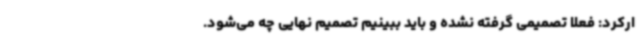
ارکرد: فعلا تصمیمی گرفته نشده و باید ببینیم تصمیم نهایی چه می‌شود.